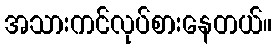
အသားကင်လုပ်စားနေတယ်။